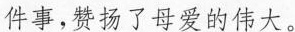
件事，赞扬了母爱的伟大。